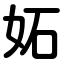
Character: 妬